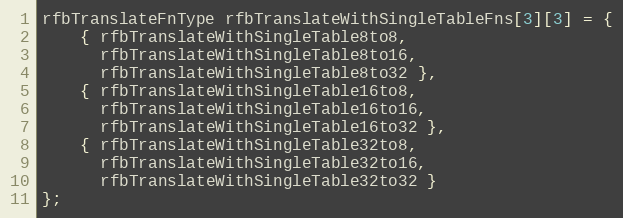
Language: C++
rfbTranslateFnType rfbTranslateWithSingleTableFns[3][3] = {
    { rfbTranslateWithSingleTable8to8,
      rfbTranslateWithSingleTable8to16,
      rfbTranslateWithSingleTable8to32 },
    { rfbTranslateWithSingleTable16to8,
      rfbTranslateWithSingleTable16to16,
      rfbTranslateWithSingleTable16to32 },
    { rfbTranslateWithSingleTable32to8,
      rfbTranslateWithSingleTable32to16,
      rfbTranslateWithSingleTable32to32 }
};